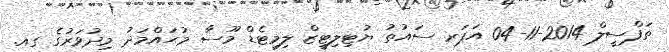
ތަފްސީލް 2014-11-04 އަޕަރ ސައުތު ޔުޓިލިޓީޒް ލިމިޓެޑް މޫސާ މުޙައްމަދު މިދުވަރުގެ ގއ.